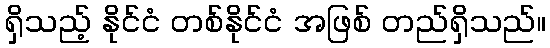
ရှိသည့် နိုင်ငံ တစ်နိုင်ငံ အဖြစ် တည်ရှိသည်။